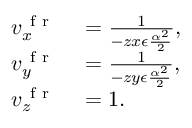
\begin{array} { r l } { v _ { x } ^ { \mathrm { ~ f ~ r ~ } } } & { { } = \frac { 1 } { - z x \epsilon \frac { \alpha ^ { 2 } } { 2 } } , } \\ { v _ { y } ^ { \mathrm { ~ f ~ r ~ } } } & { { } = \frac { 1 } { - z y \epsilon \frac { \alpha ^ { 2 } } { 2 } } , } \\ { v _ { z } ^ { \mathrm { ~ f ~ r ~ } } } & { { } = 1 . } \end{array}